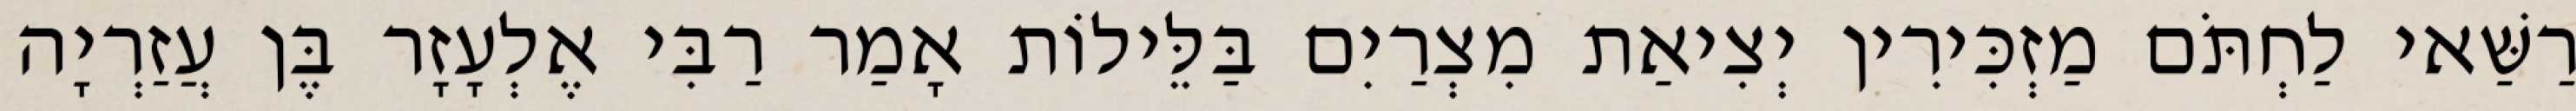
רַשַּׁאי לַחְתֹּם מַזְכִּירִין יְצִיאַת מִצְרַיִם בַּלֵּילוֹת אָמַר רַבִּי אֶלְעָזָר בֶּן עֲזַרְיָה